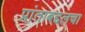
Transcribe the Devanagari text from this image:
प्रांताबद्दलचा